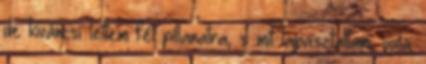
de kiváncsi lettem fél pillanatra, s mit tapasztaltam, voilà: